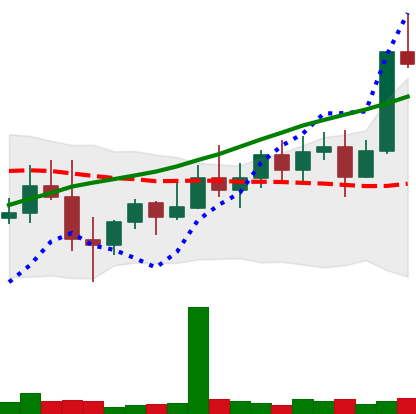
Ticker: XMR-USD
Chart end date: 2022-11-05
Forward return: -15.275%
Label: down_7plus